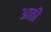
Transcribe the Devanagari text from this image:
आठी